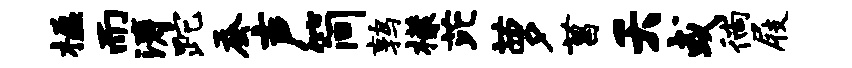
楹而涛跎蚕声简鹑檬芘萝菖夭或徜屐